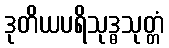
ဒုတိယပရိသုဒ္ဓသုတ္တံ